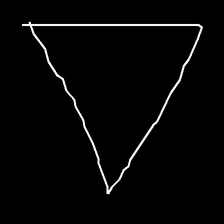
Glyph: convergence